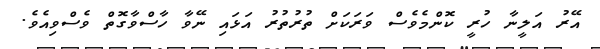
އޭރު އަލީނާ ހުރީ ކޮންމެވެސް ވަރަކަށް ތުރުތުރު އަޅައި ނޭވާ ހާސްވާގޮތް ވެސްވިއެވެ.